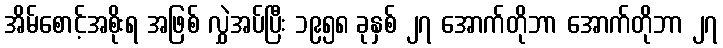
အိမ်စောင့်အစိုးရ အဖြစ် လွှဲအပ်ပြီး ၁၉၅၈ ခုနှစ် ၂၇ အောက်တိုဘာ အောက်တိုဘာ ၂၇